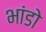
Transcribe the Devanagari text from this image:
भांडो